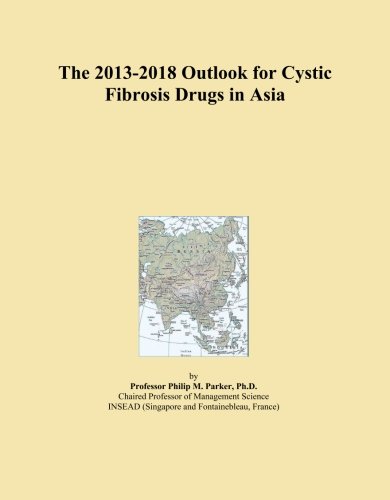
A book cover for The 2013-2018 Outlook for Cystic Fibrosis Drugs in Asia; Icon Group International; Health, Fitness & Dieting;